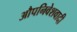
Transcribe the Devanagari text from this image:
औपनिवेशवादी